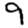
Digit: 9